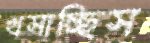
খসাচ্ছিস